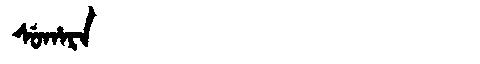
Manchu: ᠰᡠᡥᠠᡵᠠ
Romanization: SUHARA